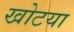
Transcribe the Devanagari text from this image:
खोटया